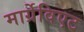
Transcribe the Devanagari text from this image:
मार्ग्रेविएट